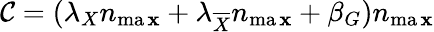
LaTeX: \mathcal{C}=(\lambda_{X}n_{\operatorname*{ma\mathbf{x}}}+\lambda_{\overline{{{X}}}}n_{\operatorname*{ma\mathbf{x}}}+\beta_{G})n_{\operatorname*{ma\mathbf{x}}}